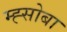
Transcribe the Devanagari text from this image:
म्ह्सोबा